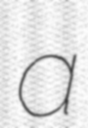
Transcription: a